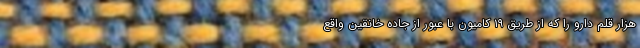
هزار قلم دارو را که از طریق ۱۹ کامیون با عبور از جاده خانقین واقع